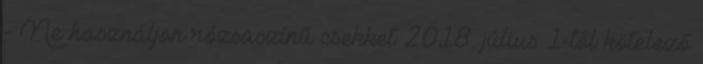
- Ne használjon rózsaszínű csekket 2018. július 1-től kötelező